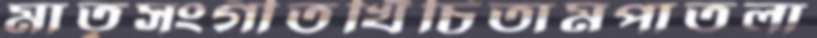
মাতৃসংগীতখিঁচিতামপাতলা